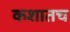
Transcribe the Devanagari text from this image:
कशातच